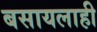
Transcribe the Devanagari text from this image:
बसायलाही